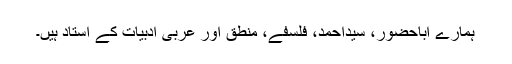
ہمارے اباحضور، سیداحمد، فلسفے، منطق اور عربی ادبیات کے استاد ہیں۔